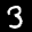
Label: 3